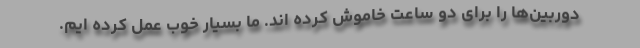
دوربین‌ها را برای دو ساعت خاموش کرده اند. ما بسیار خوب عمل کرده ایم.